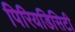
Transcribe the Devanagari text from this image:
पिरियडिसिटी